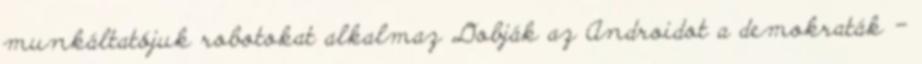
munkáltatójuk robotokat alkalmaz Dobják az Androidot a demokraták -